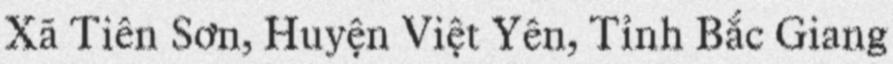
Xã Tiên Sơn, Huyện Việt Yên, Tỉnh Bắc Giang